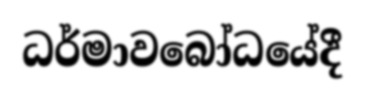
ධර්මාවබෝධයේදී